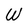
Character: W